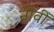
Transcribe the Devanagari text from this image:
नौवीँ